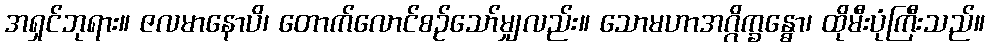
အရှင်ဘုရား။ ဇလမာနောပိ၊ တောက်လောင်စဉ်သော်မျှလည်း။ သောမဟာအဂ္ဂိက္ခန္ဓော၊ ထိုမီးပုံကြီးသည်။